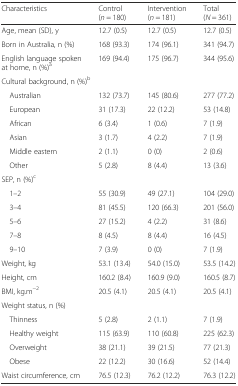
| Characteristics | Control (n = 180) | Intervention (n = 181) | Total (N = 361) |
 | --- | --- | --- | --- |
 | Age, mean (SD), y | 12.7 (0.5) | 12.7 (0.5) | 12.7 (0.5) |
 | Born in Australia, n (%) | 168 (93.3) | 174 (96.1) | 341 (94.7) |
 | English language spoken at home, n (%)a | 169 (94.4) | 175 (96.7) | 344 (95.6) |
 | <COLSPAN=4> Cultural background, n (%)b |
 | Australian | 132 (73.7) | 145 (80.6) | 277 (77.2) |
 | European | 31 (17.3) | 22 (12.2) | 53 (14.8) |
 | African | 6 (3.4) | 1 (0.6) | 7 (1.9) |
 | Asian | 3 (1.7) | 4 (2.2) | 7 (1.9) |
 | Middle eastern | 2 (1.1) | 0 (0) | 2 (0.6) |
 | Other | 5 (2.8) | 8 (4.4) | 13 (3.6) |
 | <COLSPAN=4> SEP, n (%)c |
 | 1–2 | 55 (30.9) | 49 (27.1) | 104 (29.0) |
 | 3–4 | 81 (45.5) | 120 (66.3) | 201 (56.0) |
 | 5–6 | 27 (15.2) | 4 (2.2) | 31 (8.6) |
 | 7–8 | 8 (4.5) | 8 (4.4) | 16 (4.5) |
 | 9–10 | 7 (3.9) | 0 (0) | 7 (1.9) |
 | Weight, kg | 53.1 (13.4) | 54.0 (15.0) | 53.5 (14.2) |
 | Height, cm | 160.2 (8.4) | 160.9 (9.0) | 160.5 (8.7) |
 | BMI, kg.m−2 | 20.5 (4.1) | 20.5 (4.1) | 20.5 (4.1) |
 | <COLSPAN=4> Weight status, n (%) |
 | Thinness | 5 (2.8) | 2 (1.1) | 7 (1.9) |
 | Healthy weight | 115 (63.9) | 110 (60.8) | 225 (62.3) |
 | Overweight | 38 (21.1) | 39 (21.5) | 77 (21.3) |
 | Obese | 22 (12.2) | 30 (16.6) | 52 (14.4) |
 | Waist circumference, cm | 76.5 (12.3) | 76.2 (12.2) | 76.3 (12.2) |